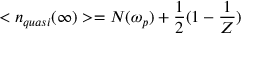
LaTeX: < n _ { q u a s i } ( \infty ) > = N ( \omega _ { p } ) + \frac { 1 } { 2 } ( 1 - \frac { 1 } { Z } )